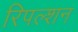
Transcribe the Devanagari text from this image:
रिपल्शन